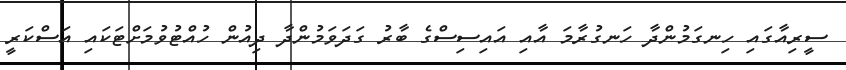
ސީރިއާގައި ހިނގަމުންދާ ހަނގުރާމަ އާއި އައިސިސްގެ ބާރު ގަދަވަމުންދާ ދިއުން ހުއްޓުވުމަށްޓަކައި އަސްކަރީ